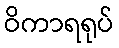
ဝိကာရရုပ်